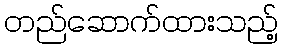
တည်ဆောက်ထားသည့်